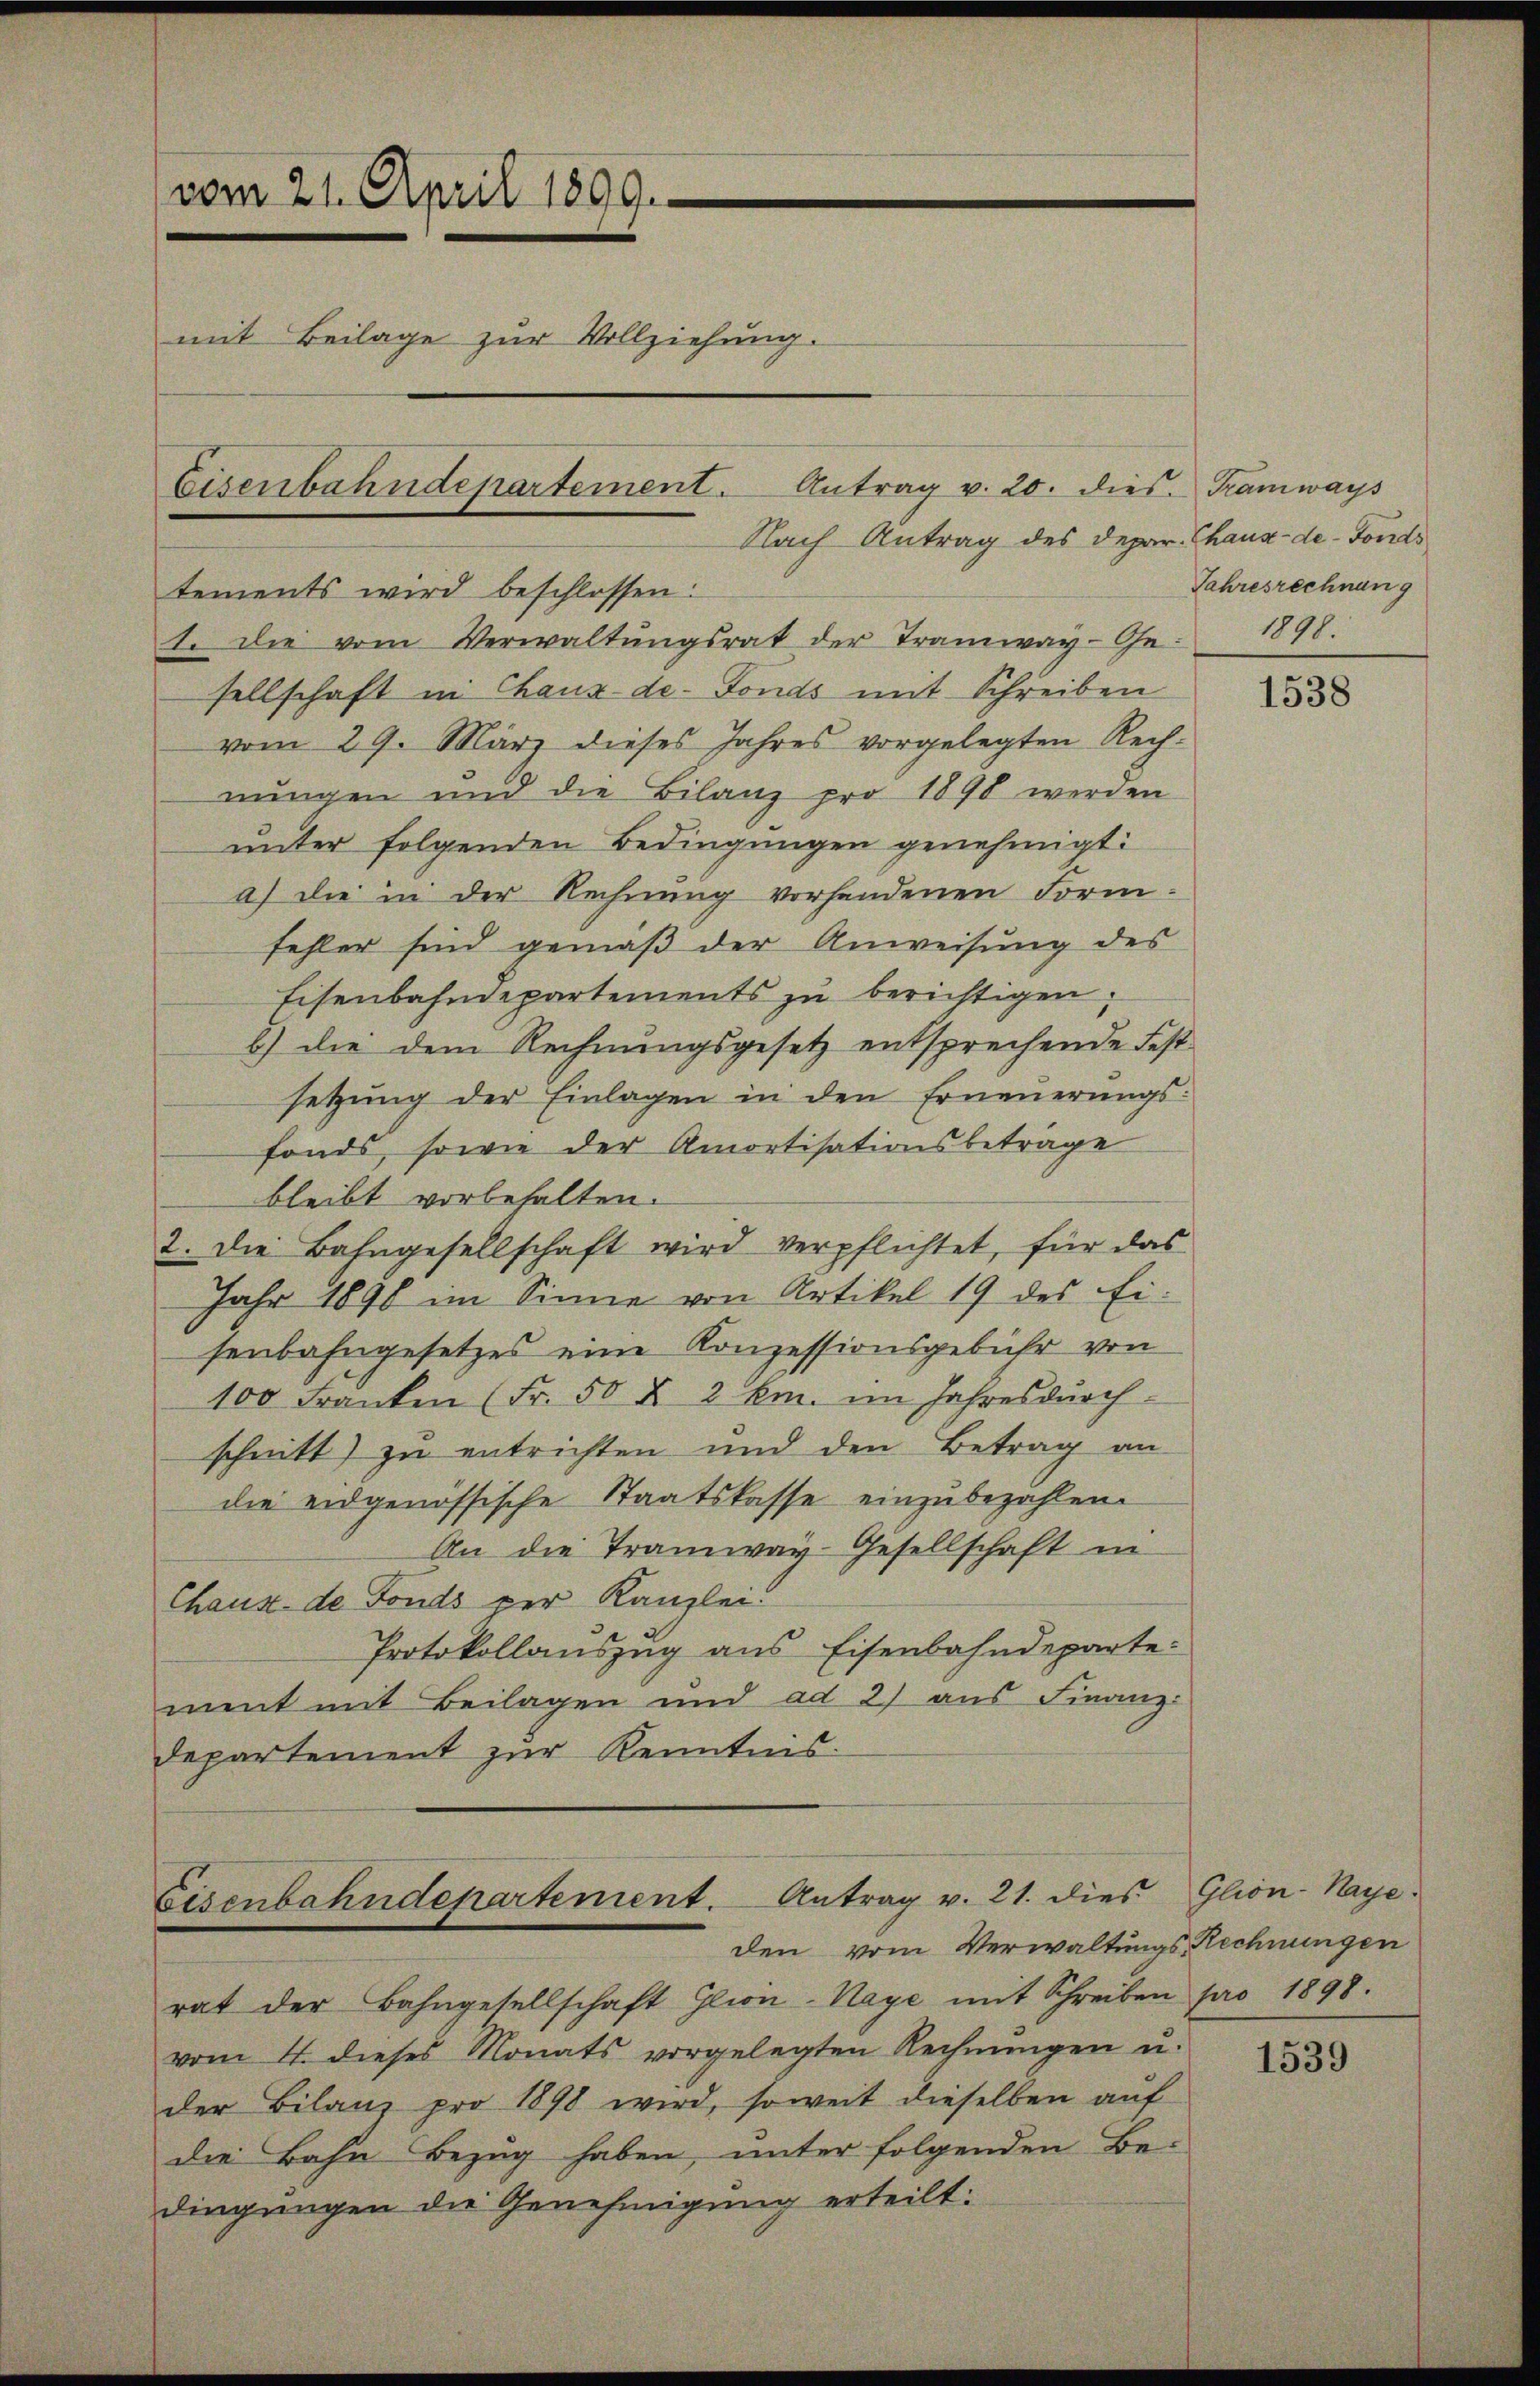
vom 21. April 1899.
mit Beilage zur Vollziehung.
Eisenbahndepartement. Antrag v. 20. dies. Tramways

Nach Antrag des Depar. Chaux-de-Fonds
tements wird beschlossen:
1. Die vom Verwaltŭngsrat der Tramway-Ge- 1898.
sellschaft in Chaux-de-Fonds mit Schreiben
vom 29. März dieses Jahres vorgelegten Rech-
nŭngen und die Bilanz pro 1890 werden
unter folgenden Bedingungen genehmigt:
a) die in der Rechnung vorhandenen Form-
fehler sind gemäß der Anweisung des
Eisenbahndepartements zu berichtigen,
b) die dem Rechnungsgesetz entsprechende Fest
setzŭng der Einlagen in den Erneŭerŭngs-
fonds, sowie der Amortisationsbeträge
bleibt vorbehalten.
2. Die Bahngesellschaft wird verpflichtet, für das
Jahr 1898 im Sinne von Artikel 19 des Ei-
senbahngesetzes eine Konzessionsgebühr von
100 Franken (Fr. 50 x 2 Em. im Jahres durch
schnitt) zu entrichten und den Betrag an
die eidgenössische Staatskasse einzubezahlen.
An die Tramway-Gesellschaft in
Chaux de Fonds per Kanzlei.
Protokollauszug aus Eisenbahndeparte:
ment mit Beilagen und ad 2) aus Finanz-
Departement zur Kenntnis.

Eisenbahndepartement. Antrag v. 21. dies
den vom Verwaltungs-Rechnungen

Jahresrechnung

rat der Bahngesellschaft Glion-Naye mit Schreiben pro 1898.
vom 4. dieses Monats vorgelegten Rechnŭngen u.
der Bilanz pro 1898 wird, soweit dieselben auf
die Bahn Bezug haben, unter folgenden Be-
dingungen die Genehmigung erteilt:

1538

Glion-Naye.

1539